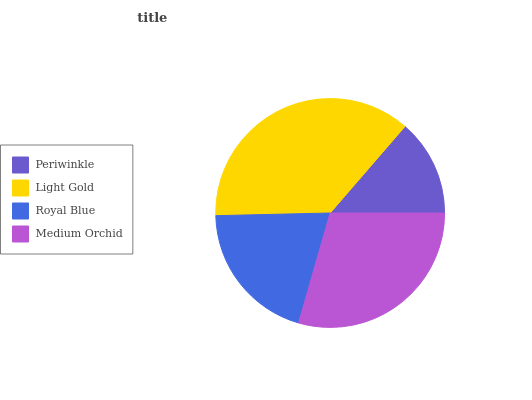
| Periwinkle | Light Gold | Royal Blue | Medium Orchid |
 | --- | --- | --- | --- |
 | 13.6% | 36.7% | 20.2% | 29.4% |